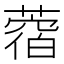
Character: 𦼑